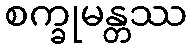
စက္ခုမန္တဿ